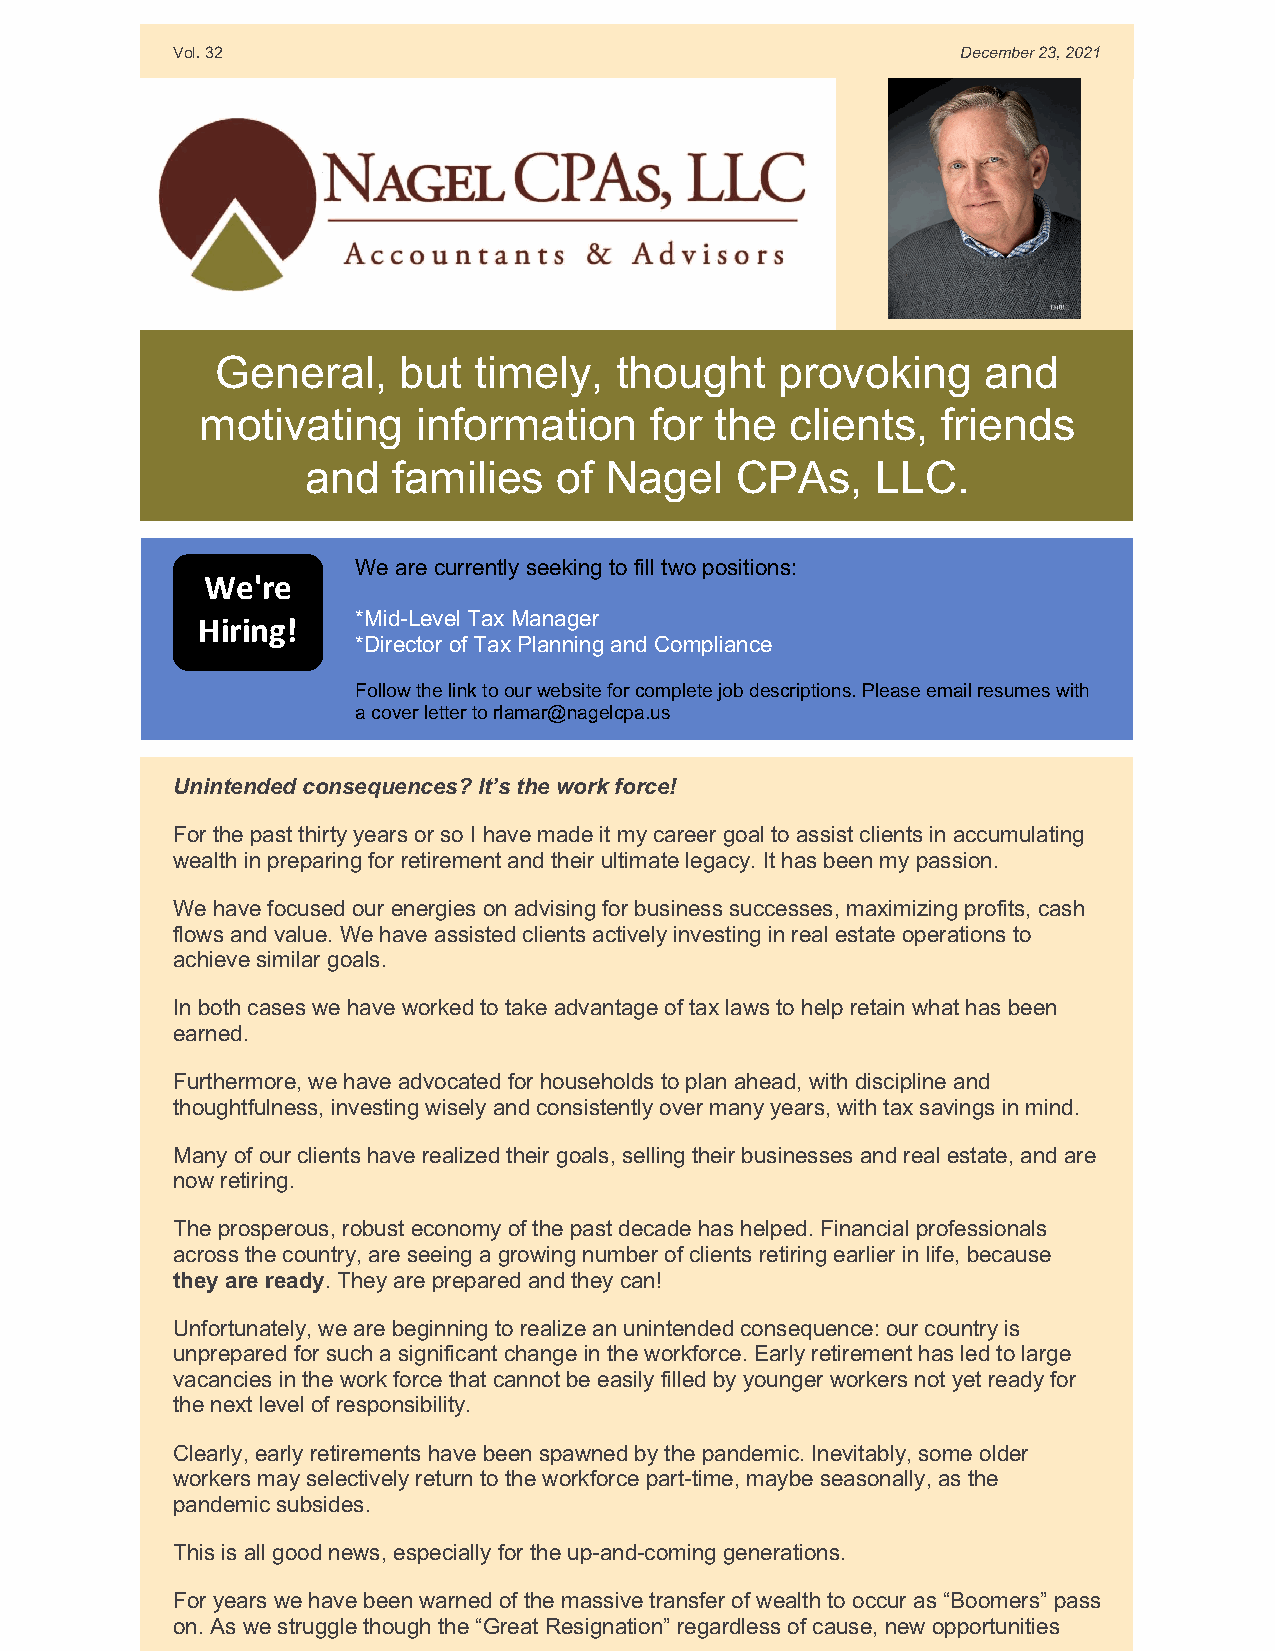
Vol. 32                                              December 23, 2021
 General,    but  timely,   thought   provoking     and
 motivating     information    for the  clients,  friends
 and   families   of Nagel    CPAs,    LLC.
 We are currently seeking to fill two positions:
 We're
 *Mid-Level Tax Manager
 Hiring!
 *Director of Tax Planning and Compliance
 Follow the link to our website for complete job descriptions. Please email resumes with
 a cover letter to rlamar@nagelcpa.us
 Unintended consequences? It’s the work force!
 For the past thirty years or so I have made it my career goal to assist clients in accumulating
 wealth in preparing for retirement and their ultimate legacy. It has been my passion.
 We have focused our energies on advising for business successes, maximizing profits, cash
 flows and value. We have assisted clients actively investing in real estate operations to
 achieve similar goals.
 In both cases we have worked to take advantage of tax laws to help retain what has been
 earned.
 Furthermore, we have advocated for households to plan ahead, with discipline and
 thoughtfulness, investing wisely and consistently over many years, with tax savings in mind.
 Many of our clients have realized their goals, selling their businesses and real estate, and are
 now retiring.
 The prosperous, robust economy of the past decade has helped. Financial professionals
 across the country, are seeing a growing number of clients retiring earlier in life, because
 they are ready. They are prepared and they can!
 Unfortunately, we are beginning to realize an unintended consequence: our country is
 unprepared for such a significant change in the workforce. Early retirement has led to large
 vacancies in the work force that cannot be easily filled by younger workers not yet ready for
 the next level of responsibility.
 Clearly, early retirements have been spawned by the pandemic. Inevitably, some older
 workers may selectively return to the workforce part-time, maybe seasonally, as the
 pandemic subsides.
 This is all good news, especially for the up-and-coming generations.
 For years we have been warned of the massive transfer of wealth to occur as “Boomers” pass
 on. As we struggle though the “Great Resignation” regardless of cause, new opportunities